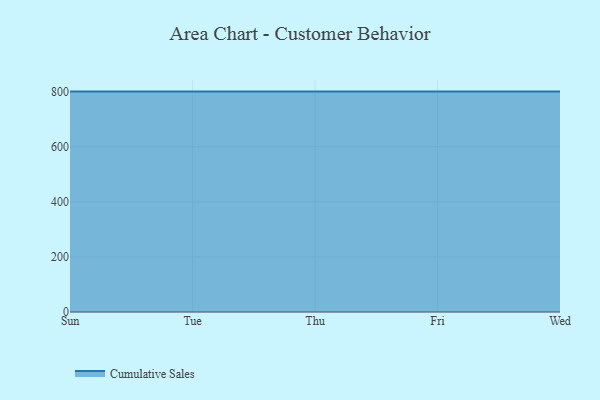
{"axis": {"x": "Day", "y": "Active Users"}, "legend": ["Cumulative Sales"], "data": [{"x": "Sun", "y": 800, "type": "Cumulative Sales"}, {"x": "Tue", "y": 800, "type": "Cumulative Sales"}, {"x": "Thu", "y": 800, "type": "Cumulative Sales"}, {"x": "Fri", "y": 800, "type": "Cumulative Sales"}, {"x": "Wed", "y": 800, "type": "Cumulative Sales"}]}